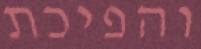
והפיכת